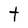
Character: t